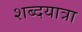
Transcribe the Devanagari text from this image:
शब्दयात्रा